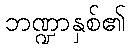
ဘဏ္ဍာနှစ်၏